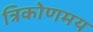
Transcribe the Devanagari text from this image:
त्रिकोणमय